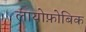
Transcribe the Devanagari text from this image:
लायोफ़ोबिक